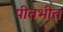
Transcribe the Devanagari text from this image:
पीतभीत